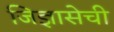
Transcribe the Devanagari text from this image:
जिज्ञासेची